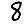
Digit: 8